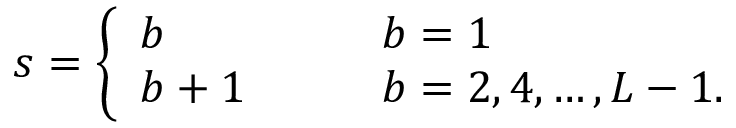
s = \left\{ \begin{array} { l l } { { b } } & { { \qquad b = 1 } } \\ { { b + 1 } } & { { \qquad b = 2 , 4 , \ldots , L - 1 . } } \end{array} \right.